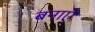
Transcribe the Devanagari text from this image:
बनाऐं